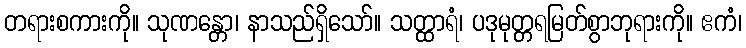
တရားစကားကို။ သုဏန္တော၊ နာသည်ရှိသော်။ သတ္ထာရံ၊ ပဒုမုတ္တရမြတ်စွာဘုရားကို။ ဧကံ၊